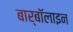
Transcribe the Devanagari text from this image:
बार्बॉलाइन